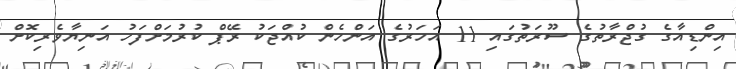
އިންޑިއާގެ ގުޖްރާތުގެ ސޫރަތުގައި 11 އަހަރުގެެ އަންހެން ކުއްޖަކު ރޭޕް ކުރުމަށްފަހު އަނިޔާވެރިކޮށް